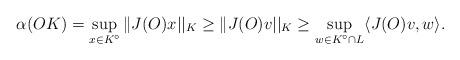
LaTeX: \begin{align*} \alpha(OK) = \sup_{x \in K^{\circ}} \| J(O)x||_{K} \geq \| J(O) v||_{K} \geq \sup_{w \in K^{\circ} \cap L} \langle J(O)v,w \rangle.\end{align*}